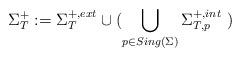
LaTeX: \begin{align*} \Sigma^+_T := \Sigma_T^{+,ext} \cup (\bigcup_{p\in Sing(\Sigma)}\Sigma_{T, p}^{+, int}\ ) \end{align*}